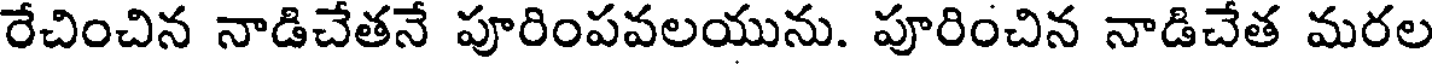
రేచించిన నాడిచేతనే పూరింపవలయును. పూరించిన నాడిచేత మరల